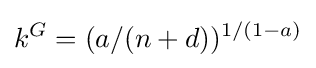
k^{G}=(a/(n+d))^{1/(1-a)}